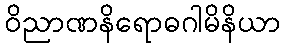
ဝိညာဏနိရောဓဂါမိနိယာ